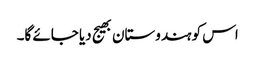
اس کو ہندوستان بھیج دیا جائے گا۔